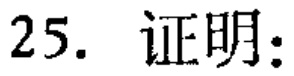
25. 证明：